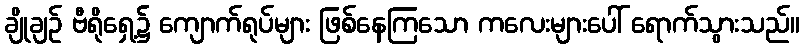
ချိုချဉ် ဗီရိုရှေ့၌ ကျောက်ရုပ်များ ဖြစ်နေကြသော ကလေးများပေါ် ရောက်သွားသည်။